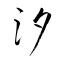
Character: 汐